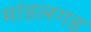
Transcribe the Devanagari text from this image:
मांडलगड